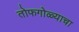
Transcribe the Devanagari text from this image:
तोफगोळ्याचा